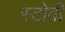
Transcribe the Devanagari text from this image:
स्टोवी